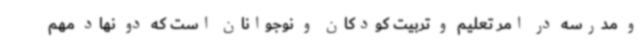
و مدرسه در امر تعلیم و تربیت کودکان و نوجوانان است که دو نهاد مهم